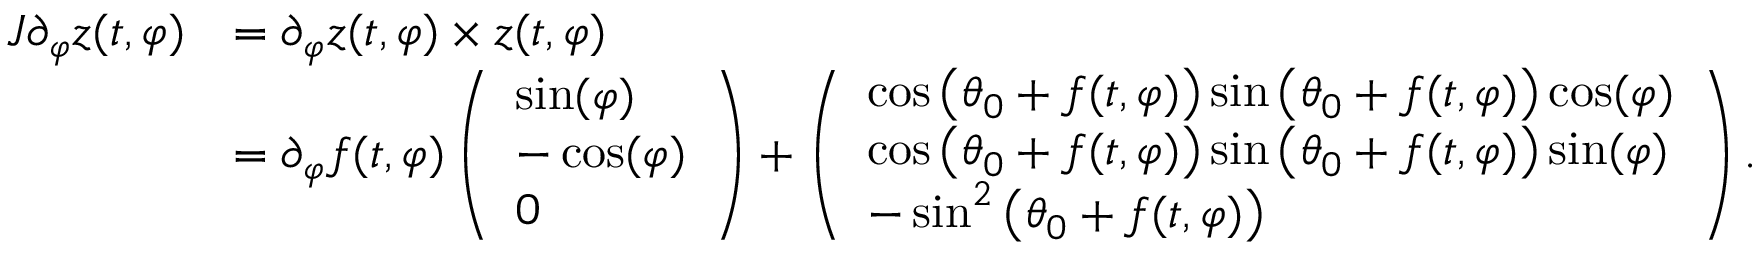
\begin{array} { r l } { J \partial _ { \varphi } z ( t , \varphi ) } & { = \partial _ { \varphi } z ( t , \varphi ) \times z ( t , \varphi ) } \\ & { = \partial _ { \varphi } f ( t , \varphi ) \left( \begin{array} { l } { \sin ( \varphi ) } \\ { - \cos ( \varphi ) } \\ { 0 } \end{array} \right) + \left( \begin{array} { l } { \cos \big ( \theta _ { 0 } + f ( t , \varphi ) \big ) \sin \big ( \theta _ { 0 } + f ( t , \varphi ) \big ) \cos ( \varphi ) } \\ { \cos \big ( \theta _ { 0 } + f ( t , \varphi ) \big ) \sin \big ( \theta _ { 0 } + f ( t , \varphi ) \big ) \sin ( \varphi ) } \\ { - \sin ^ { 2 } \big ( \theta _ { 0 } + f ( t , \varphi ) \big ) } \end{array} \right) . } \end{array}